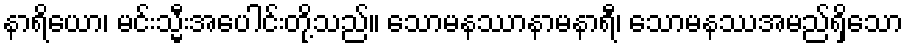
နာရိယော၊ မင်းသ္မီးအပေါင်းတို့သည်။ သောမနဿာနာမနာရီ၊ သောမနဿအမည်ရှိသော